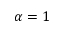
\alpha = 1